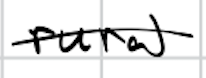
Text: rural
Cross-out: mix
Writing tool: digital_black